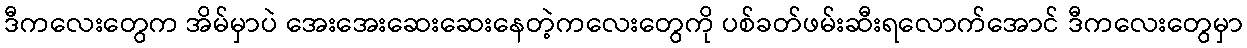
ဒီကလေးတွေက အိမ်မှာပဲ အေးအေးဆေးဆေးနေတဲ့ကလေးတွေကို ပစ်ခတ်ဖမ်းဆီးရလောက်အောင် ဒီကလေးတွေမှာ